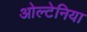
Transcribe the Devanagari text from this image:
ओल्टेनिया